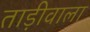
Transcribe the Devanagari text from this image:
ताड़ीवाला